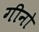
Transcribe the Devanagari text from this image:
गीनो